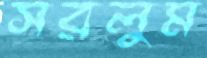
সরলুম